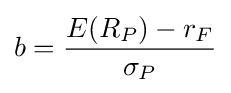
b={\frac {E(R_{P})-r_{F}}{\sigma _{P}}}